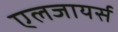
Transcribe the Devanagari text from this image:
एलजायर्स